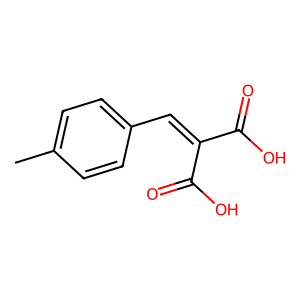
SMILES: Cc1ccc(C=C(C(=O)O)C(=O)O)cc1
Inhibits HIV replication: No